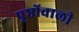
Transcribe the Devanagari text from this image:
पृष्ठोंवाली